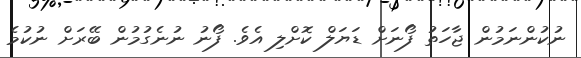
ނުކުންނަމުން ޖާހަތު ފޯނަށް ޑަޔަލް ކޮށްލި އެވެ. ފޯނު ނުނެގުމުން ބޭރަށް ނުކުމެ